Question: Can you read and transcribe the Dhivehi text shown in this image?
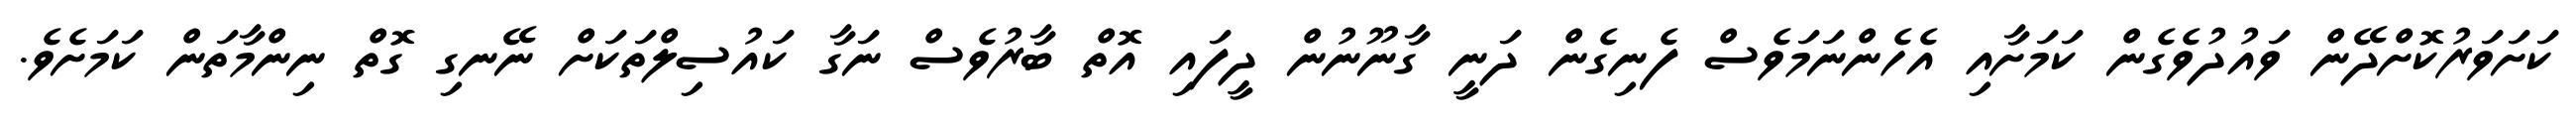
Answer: ކަށަވަރުކޮށްދޭން ވައުދުވެގެން ކަމަށާއި އެހެންނަމަވެސް ފެނިގެން ދަނީ ގާނޫނުން ދީފައި އޮތް ބާރުވެސް ނަގާ ކައުސިލްތަކަށް ނޭނގި ގޮތް ނިންމާތަން ކަމަށެވެ.